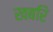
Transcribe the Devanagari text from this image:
खबरि